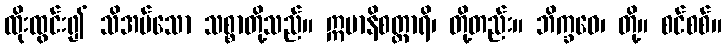
ထိုးထွင်း၍ သိအပ်သော သစ္စာတို့သည်။ ဣမာနိစတ္တာရိ၊ တို့တည်း။ ဘိက္ခဝေ၊ တို့။ စင်စစ်။